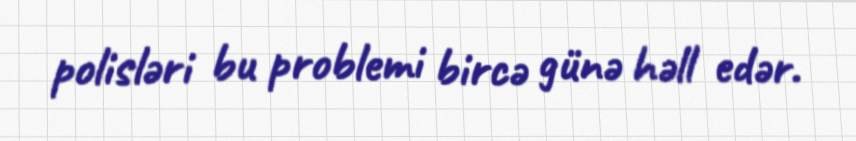
polisləri bu problemi bircə günə həll edər.